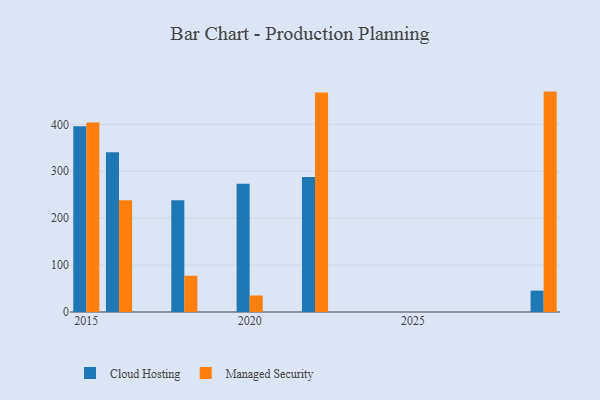
{"axis": {"x": "Year", "y": "Headcount"}, "legend": ["Cloud Hosting", "Managed Security"], "data": [{"x": "2018", "y": 238.1, "type": "Cloud Hosting"}, {"x": "2018", "y": 77.3, "type": "Managed Security"}, {"x": "2022", "y": 287.6, "type": "Cloud Hosting"}, {"x": "2022", "y": 467.6, "type": "Managed Security"}, {"x": "2016", "y": 340.2, "type": "Cloud Hosting"}, {"x": "2016", "y": 237.9, "type": "Managed Security"}, {"x": "2015", "y": 395.8, "type": "Cloud Hosting"}, {"x": "2015", "y": 404.0, "type": "Managed Security"}, {"x": "2029", "y": 45.5, "type": "Cloud Hosting"}, {"x": "2029", "y": 469.7, "type": "Managed Security"}, {"x": "2020", "y": 273.1, "type": "Cloud Hosting"}, {"x": "2020", "y": 35.1, "type": "Managed Security"}]}